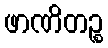
ဖာဏိတဉ္စ